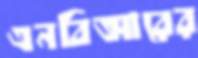
এনবিআরের